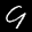
Label: 9